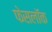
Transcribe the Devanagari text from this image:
फेसलॉक